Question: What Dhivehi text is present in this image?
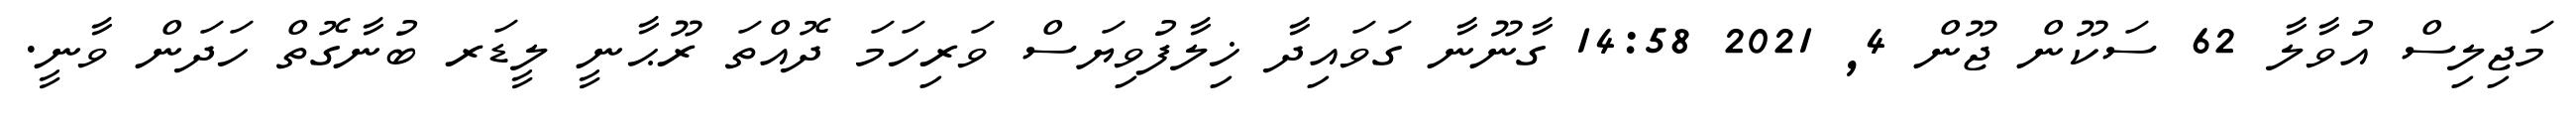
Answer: މަޖިލިސް އުވާލާ 62 ސަކޫން ޖޫން 4, 2021 14:58 ގާނޫނާ ގަވައިދާ ޚިލާފުވިޔަސް ވަރިހަމަ ދޮއްތަ ރޫޙާނީ ލީޑަރ ބުނާގޮތް ހަދަން ވާނީ.